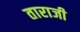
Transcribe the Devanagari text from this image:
ताराजी